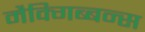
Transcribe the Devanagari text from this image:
मैक्गिब्बन्स